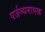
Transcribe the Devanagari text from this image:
पर्जन्यमापक